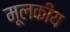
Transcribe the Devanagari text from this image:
मूलकीय